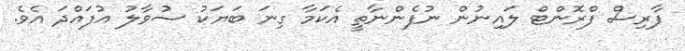
ފާރިސް ފްރޮންޓް ލައިނުން ނުފެންނާތީ އެކަމާ ގިނަ ބަޔަކު ސުވާލު އުފައްދަ އެވެ.